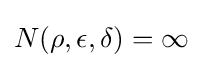
N(\rho ,\epsilon ,\delta )=\infty